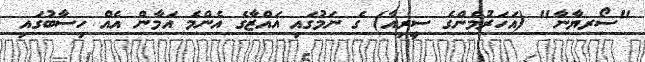
"ސޯރޔާނާ" (އަހަރުމެންގެ ސީރިއާ) ގެ ނަމުގައި ޣައްޒާގެ އެންމެ އަމާން އެއް ހިސާބުގައި